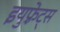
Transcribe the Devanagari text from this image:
इयुफ़्रेट्स